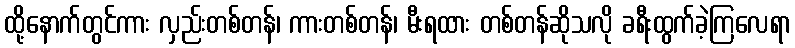
ထို့နောက်တွင်ကား လှည်းတစ်တန်၊ ကားတစ်တန်၊ မီးရထား တစ်တန်ဆိုသလို ခရီးထွက်ခဲ့ကြလေရာ